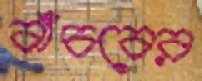
বাঁচবের